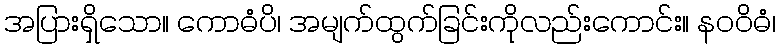
အပြားရှိသော။ ကောဓံပိ၊ အမျက်ထွက်ခြင်းကိုလည်းကောင်း။ နဝဝိဓံ၊